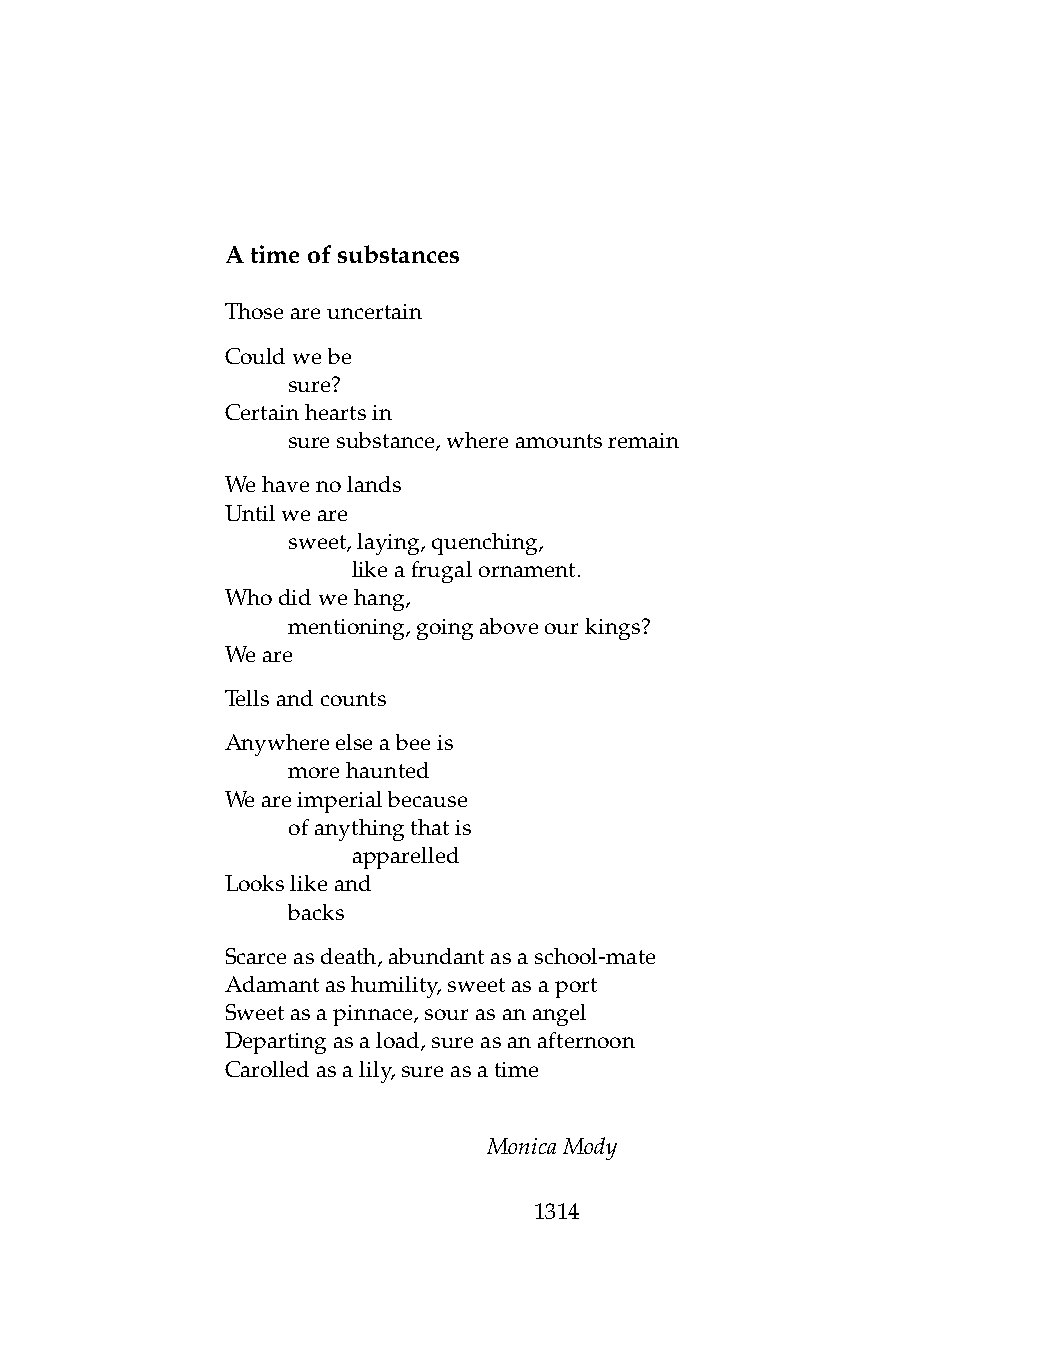
Atimeofsubstances
 Thoseareuncertain
 Couldwebe
 .   sure?
 Certainheartsin
 .   suresubstance,whereamountsremain
 Wehavenolands
 Untilweare
 .   sweet,laying,quenching,
 .   .   likeafrugalornament.
 Whodidwehang,
 .   mentioning,goingaboveourkings?
 Weare
 Tellsandcounts
 Anywhereelseabeeis
 .   morehaunted
 Weareimperialbecause
 .   ofanythingthatis
 .   .   apparelled
 Lookslikeand
 .   backs
 Scarceasdeath,abundantasaschool-mate
 Adamantashumility,sweetasaport
 Sweetasapinnace,sourasanangel
 Departingasaload,sureasanafternoon
 Carolledasalily,sureasatime
 MonicaMody
 1314